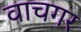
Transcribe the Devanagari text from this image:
वाचगर